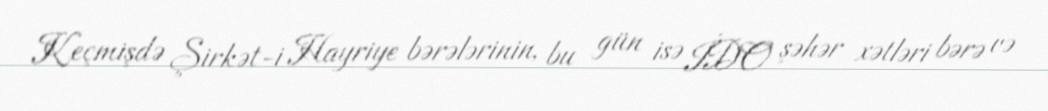
Keçmişdə Şirkət-i Hayriye bərələrinin, bu gün isə İDO şəhər xətləri bərə və